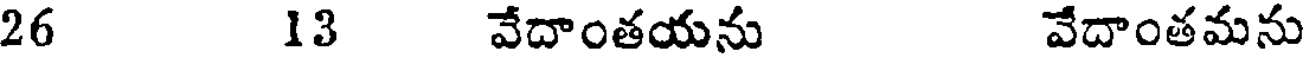
26 13 వేదాంతయను వేదాంతమను